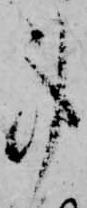
事